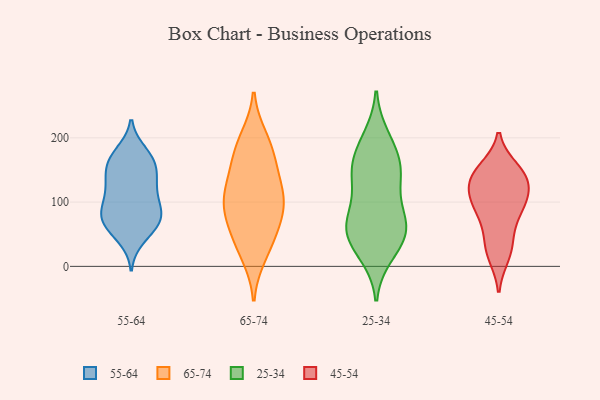
{"axis": {"x": "Net Income (USD K)", "y": "Value"}, "legend": ["25-34", "45-54", "55-64", "65-74"], "data": [{"x": "", "y": 56, "type": "55-64"}, {"x": "", "y": 159, "type": "55-64"}, {"x": "", "y": 142, "type": "55-64"}, {"x": "", "y": 68, "type": "55-64"}, {"x": "", "y": 83, "type": "55-64"}, {"x": "", "y": 133, "type": "55-64"}, {"x": "", "y": 99, "type": "55-64"}, {"x": "", "y": 74, "type": "55-64"}, {"x": "", "y": 68, "type": "55-64"}, {"x": "", "y": 171, "type": "55-64"}, {"x": "", "y": 177, "type": "55-64"}, {"x": "", "y": 169, "type": "55-64"}, {"x": "", "y": 73, "type": "55-64"}, {"x": "", "y": 126, "type": "55-64"}, {"x": "", "y": 155, "type": "55-64"}, {"x": "", "y": 102, "type": "55-64"}, {"x": "", "y": 89, "type": "55-64"}, {"x": "", "y": 44, "type": "55-64"}, {"x": "", "y": 123, "type": "55-64"}, {"x": "", "y": 191, "type": "65-74"}, {"x": "", "y": 61, "type": "65-74"}, {"x": "", "y": 18, "type": "65-74"}, {"x": "", "y": 31, "type": "65-74"}, {"x": "", "y": 96, "type": "65-74"}, {"x": "", "y": 199, "type": "65-74"}, {"x": "", "y": 101, "type": "65-74"}, {"x": "", "y": 130, "type": "65-74"}, {"x": "", "y": 56, "type": "65-74"}, {"x": "", "y": 123, "type": "65-74"}, {"x": "", "y": 167, "type": "65-74"}, {"x": "", "y": 103, "type": "65-74"}, {"x": "", "y": 162, "type": "65-74"}, {"x": "", "y": 86, "type": "65-74"}, {"x": "", "y": 137, "type": "25-34"}, {"x": "", "y": 27, "type": "25-34"}, {"x": "", "y": 146, "type": "25-34"}, {"x": "", "y": 66, "type": "25-34"}, {"x": "", "y": 143, "type": "25-34"}, {"x": "", "y": 200, "type": "25-34"}, {"x": "", "y": 190, "type": "25-34"}, {"x": "", "y": 56, "type": "25-34"}, {"x": "", "y": 51, "type": "25-34"}, {"x": "", "y": 49, "type": "25-34"}, {"x": "", "y": 70, "type": "25-34"}, {"x": "", "y": 19, "type": "25-34"}, {"x": "", "y": 100, "type": "25-34"}, {"x": "", "y": 71, "type": "25-34"}, {"x": "", "y": 150, "type": "25-34"}, {"x": "", "y": 170, "type": "25-34"}, {"x": "", "y": 144, "type": "45-54"}, {"x": "", "y": 122, "type": "45-54"}, {"x": "", "y": 150, "type": "45-54"}, {"x": "", "y": 87, "type": "45-54"}, {"x": "", "y": 140, "type": "45-54"}, {"x": "", "y": 41, "type": "45-54"}, {"x": "", "y": 124, "type": "45-54"}, {"x": "", "y": 139, "type": "45-54"}, {"x": "", "y": 87, "type": "45-54"}, {"x": "", "y": 27, "type": "45-54"}, {"x": "", "y": 89, "type": "45-54"}, {"x": "", "y": 18, "type": "45-54"}, {"x": "", "y": 103, "type": "45-54"}]}